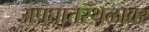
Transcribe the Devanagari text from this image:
अपघातस्थळावर